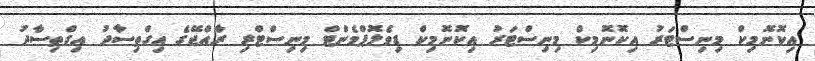
އިކޮނޮމިކް މިނިސްޓަރު އިކޮނޮމިކް މިނިސްޓަރު އިކޮނޮމިކް ޑިވެލޮޕްމެންޓް މިނިސްޓްރި ރާއްޖޭގެ އިގްތިސާދު އިގްތިސާދު